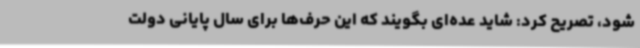
شود، تصریح کرد: شاید عده‌ای بگویند که این حرف‌ها برای سال پایانی دولت